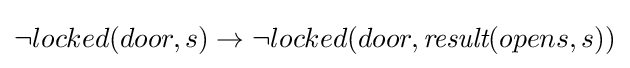
\neg locked(door,s)\rightarrow \neg locked(door,{\textit {result}}(opens,s))